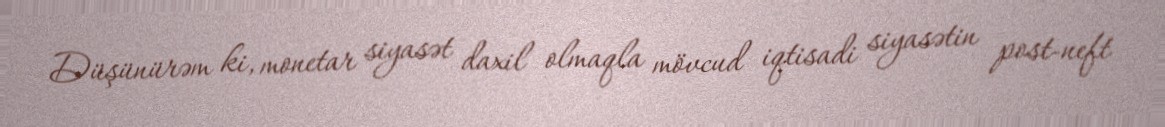
Düşünürəm ki, monetar siyasət daxil olmaqla mövcud iqtisadi siyasətin post-neft